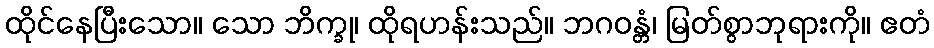
ထိုင်နေပြီးသော။ သော ဘိက္ခု၊ ထိုရဟန်းသည်။ ဘဂဝန္တံ၊ မြတ်စွာဘုရားကို။ ဧတံ